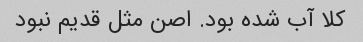
کلا آب شده بود. اصن مثل قدیم نبود